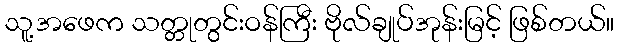
သူ့အဖေက သတ္တုတွင်းဝန်ကြီး ဗိုလ်ချုပ်အုန်းမြင့် ဖြစ်တယ်။